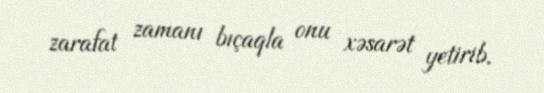
zarafat zamanı bıçaqla onu xəsarət yetirib.